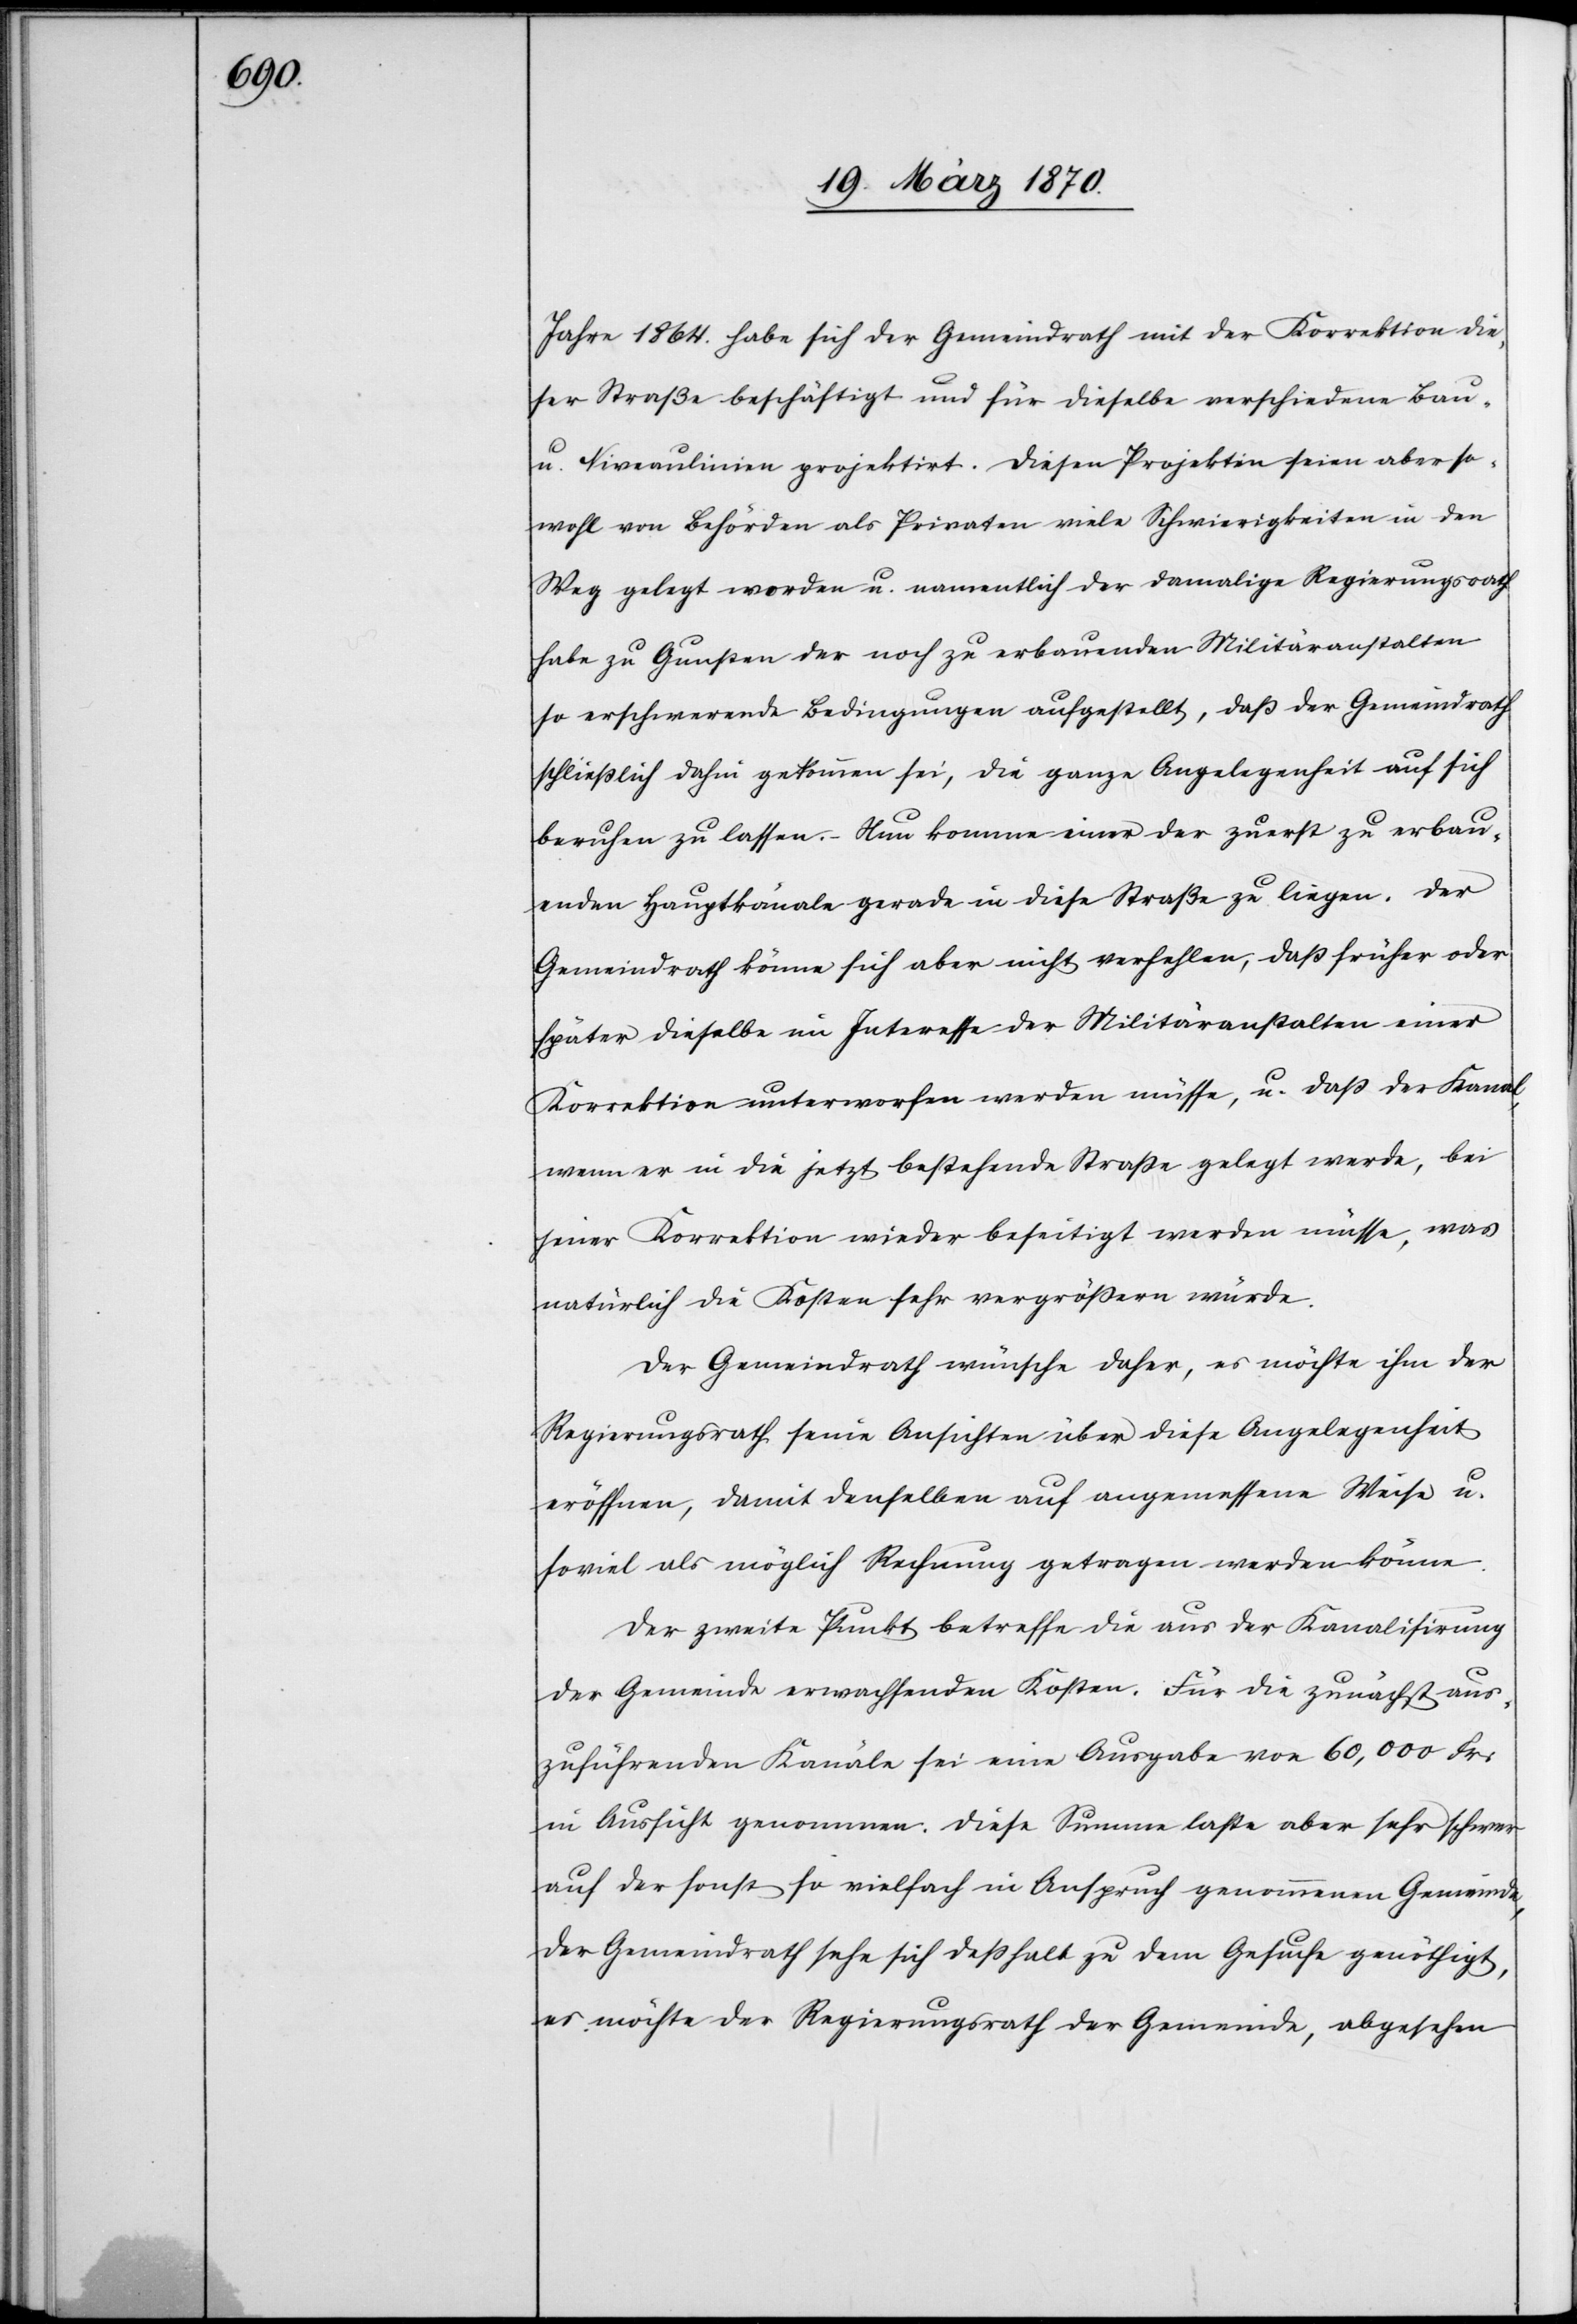
Jahre 1864. habe sich der Gemeindrath mit der Korrektion die¬
ser Straße beschäftigt und für dieselbe verschiedene Bau-
u. Niveaulinien projektirt. Diesen Projekten seien aber so¬
wohl von Behörden als Privaten viele Schwierigkeiten in den
Weg gelegt worden u. namentlich der damalige Regierungsrath
habe zu Gunsten der noch zu erbauenden Militäranstalten
so erschwerende Bedingungen aufgestellt, daß der Gemeindrath
schließlich dahin gekommen sei, die ganze Angelegenheit auf sich
beruhen zu lassen. – Nun komme einer der zuerst zu erbau¬
enden Hauptkanäle gerade in diese Straße zu liegen. Der
Gemeindrath könne sich aber nicht verhehlen, daß früher oder
später dieselbe im Interesse der Militäranstalten einer
Korrektion unterworfen werden müsse, u. daß der Kanal,
wenn er in die jetzt bestehende Straße gelegt werde, bei
jener Korrektion wieder beseitigt werden müsse, was
natürlich die Kosten sehr vergrößern würde.
Der Gemeindrath wünsche daher, es möchte ihm der
Regierungsrath seine Ansichten über diese Angelegenheit
eröffnen, damit denselben auf angemessene Weise u.
soviel als möglich Rechnung getragen werden könne.
Der zweite Punkt betreffe die aus der Kanalisirung
der Gemeinde erwachsenden Kosten. Für die zunächst aus¬
zuführenden Kanäle sei eine Ausgabe von 60,000 Fr:
in Aussicht genommen. Diese Summe laste aber sehr schwer
auf der sonst so vielfach in Anspruch genommenen Gemeinde,
der Gemeindrath sehe sich deshalb zu dem Gesuche genöthigt,
es möchte der Regierungsrath der Gemeinde, abgesehen